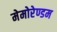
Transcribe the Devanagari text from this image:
मेमोरेण्डम